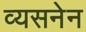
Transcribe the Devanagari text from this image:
व्यसनेन